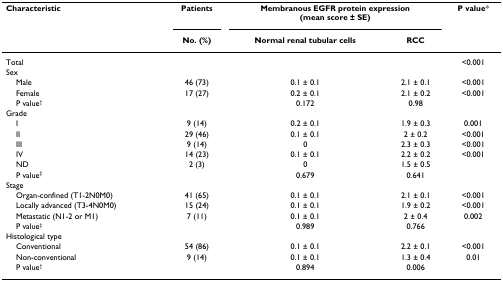
<table><thead><tr><td><b>Characteristic</b></td><td><b>Patients</b></td><td colspan="2"><b>Membranous EGFR protein expression(mean score ± SE)</b></td><td><b>P value*</b></td></tr><tr><td></td><td><b>No. (%)</b></td><td><b>Normal renal tubular cells</b></td><td><b>RCC</b></td><td></td></tr></thead><tbody><tr><td>Total</td><td></td><td></td><td></td><td>&lt;0.001</td></tr><tr><td>Sex</td><td></td><td></td><td></td><td></td></tr><tr><td> Male</td><td>46 (73)</td><td>0.1 ± 0.1</td><td>2.1 ± 0.1</td><td>&lt;0.001</td></tr><tr><td> Female</td><td>17 (27)</td><td>0.2 ± 0.1</td><td>2.1 ± 0.2</td><td>&lt;0.001</td></tr><tr><td> P value<sup>†</sup></td><td></td><td>0.172</td><td>0.98</td><td></td></tr><tr><td>Grade</td><td></td><td></td><td></td><td></td></tr><tr><td> I</td><td>9 (14)</td><td>0.2 ± 0.1</td><td>1.9 ± 0.3</td><td>0.001</td></tr><tr><td> II</td><td>29 (46)</td><td>0.1 ± 0.1</td><td>2 ± 0.2</td><td>&lt;0.001</td></tr><tr><td> III</td><td>9 (14)</td><td>0</td><td>2.3 ± 0.3</td><td>&lt;0.001</td></tr><tr><td> IV</td><td>14 (23)</td><td>0.1 ± 0.1</td><td>2.2 ± 0.2</td><td>&lt;0.001</td></tr><tr><td> ND</td><td>2 (3)</td><td>0</td><td>1.5 ± 0.5</td><td></td></tr><tr><td> P value<sup>‡</sup></td><td></td><td>0.679</td><td>0.641</td><td></td></tr><tr><td>Stage</td><td></td><td></td><td></td><td></td></tr><tr><td> Organ-confined (T1-2N0M0)</td><td>41 (65)</td><td>0.1 ± 0.1</td><td>2.1 ± 0.1</td><td>&lt;0.001</td></tr><tr><td> Locally advanced (T3-4N0M0)</td><td>15 (24)</td><td>0.1 ± 0.1</td><td>1.9 ± 0.2</td><td>&lt;0.001</td></tr><tr><td> Metastatic (N1-2 or M1)</td><td>7 (11)</td><td>0.1 ± 0.1</td><td>2 ± 0.4</td><td>0.002</td></tr><tr><td> P value<sup>‡</sup></td><td></td><td>0.989</td><td>0.766</td><td></td></tr><tr><td>Histological type</td><td></td><td></td><td></td><td></td></tr><tr><td> Conventional</td><td>54 (86)</td><td>0.1 ± 0.1</td><td>2.2 ± 0.1</td><td>&lt;0.001</td></tr><tr><td> Non-conventional</td><td>9 (14)</td><td>0.1 ± 0.1</td><td>1.3 ± 0.4</td><td>0.01</td></tr><tr><td> P value<sup>†</sup></td><td></td><td>0.894</td><td>0.006</td><td></td></tr></tbody></table>